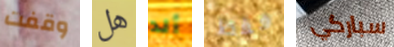
وقفت هل ألد فقط سباركي